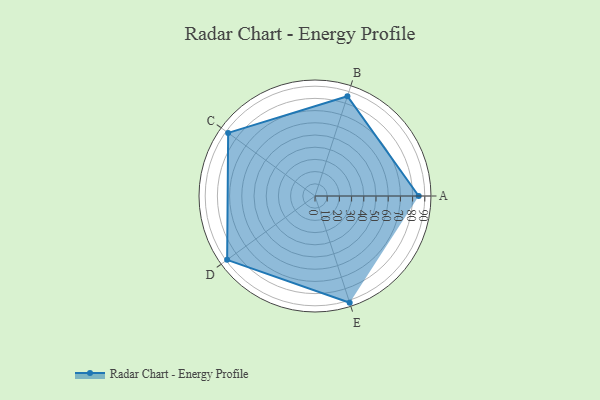
{"axis": {"x": "Skill", "y": "Score"}, "legend": ["Profile"], "data": [{"x": "A", "y": 85.0, "type": "Profile"}, {"x": "B", "y": 86.0, "type": "Profile"}, {"x": "C", "y": 88.0, "type": "Profile"}, {"x": "D", "y": 89.0, "type": "Profile"}, {"x": "E", "y": 92.0, "type": "Profile"}]}